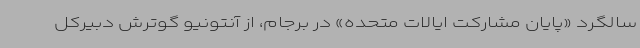
سالگرد «پایان مشارکت ایالات متحده» در برجام، از آنتونیو گوترش دبیرکل